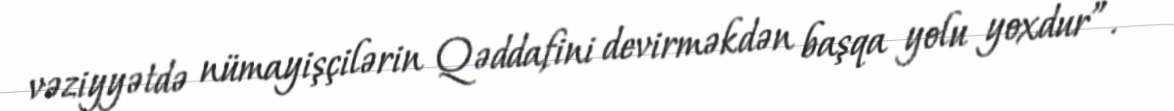
vəziyyətdə nümayişçilərin Qəddafini devirməkdən başqa yolu yoxdur”.